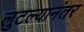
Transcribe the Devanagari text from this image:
लुटल्यानंतर